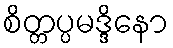
စိတ္တပ္ပမဒ္ဒိနော